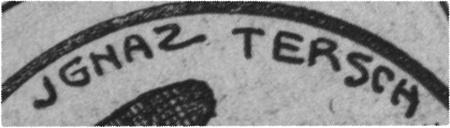
IGNAZ TERSCH